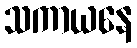
သကာယနေ